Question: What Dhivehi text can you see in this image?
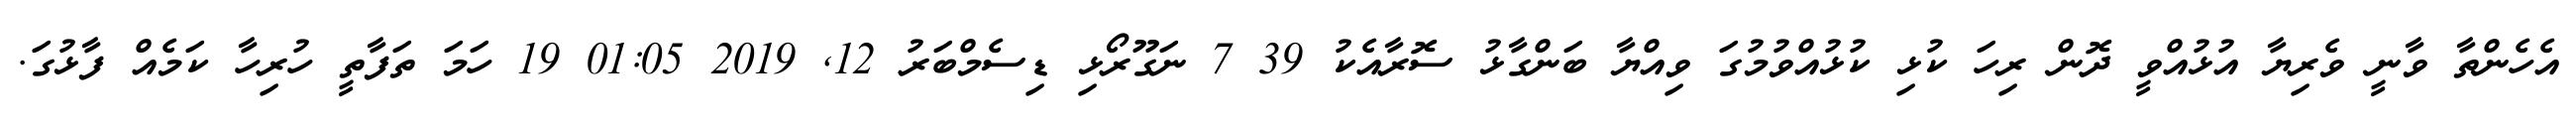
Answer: އެހެންތާ ވާނީ ވެރިޔާ އުޅުއްވީ ދޮން ރިހަ ކުޅި ކުޅުއްވުމުގަ ވިއްޔާ ބަންގާޅު ސޮރާއެކު 39 7 ނަގޫރޯޅި ޑިސެމްބަރު 12, 2019 01:05 19 ހަމަ ތަފާތީ ހުރިހާ ކަމެއް ފާޅުގަ.